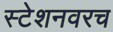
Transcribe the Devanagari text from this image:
स्टेशनवरच